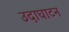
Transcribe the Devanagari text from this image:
उदाघाटन